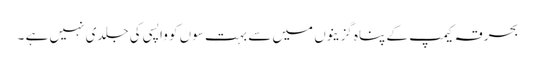
بحرقہ کیمپ کے پناہ گزینوں میں سے بہت سوں کو واپسی کی جلدی نہیں ہے ۔